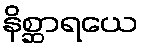
နိစ္ဆာရယေ